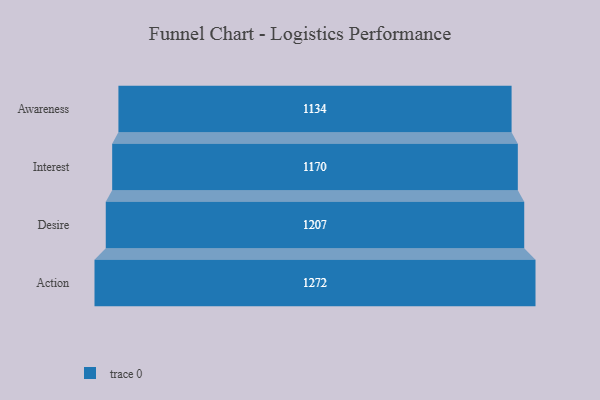
{"axis": {"x": "Stage", "y": "Value"}, "legend": [""], "data": [{"x": "Awareness", "y": 1134.0, "type": ""}, {"x": "Interest", "y": 1170.0, "type": ""}, {"x": "Desire", "y": 1207.0, "type": ""}, {"x": "Action", "y": 1272.0, "type": ""}]}